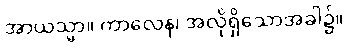
အာယသ္မာ။ ကာလေန၊ အလိုရှိသောအခါ၌။